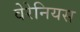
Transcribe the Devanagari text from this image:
वेरेनियस